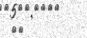
٤١